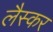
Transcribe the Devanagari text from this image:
लैस्कर